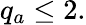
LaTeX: q_{a}\le 2.